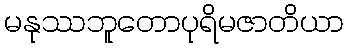
မနုဿဘူတောပုရိမဇာတိယာ